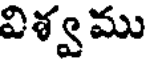
విశ్వము